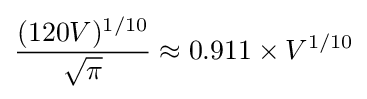
{\frac {(120V)^{1/10}}{\sqrt {\pi }}}\approx 0.911\times V^{1/10}